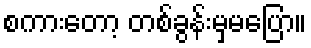
စကားတော့ တစ်ခွန်းမှမပြော။